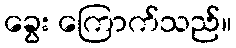
ခွေး ကြောက်သည်။